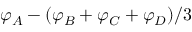
\varphi _ { A } - ( \varphi _ { B } + \varphi _ { C } + \varphi _ { D } ) / 3